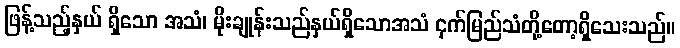
ဖြန့်သည့်နှယ် ရှိသော အသံ၊ မိုးချုန်းသည်နှယ်ရှိသောအသံ ငှက်မြည်သံတို့တော့ရှိသေးသည်။